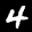
Label: 4